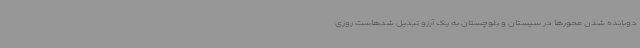
دوبانده شدن محورها در سیستان و بلوچستان به یک آرزو تبدیل شدهاست روزی